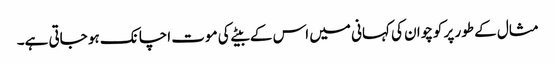
مثال کے طور پر کوچوان کی کہانی میں اس کے بیٹے کی موت اچانک ہو جاتی ہے۔